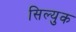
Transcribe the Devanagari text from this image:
सिल्युक